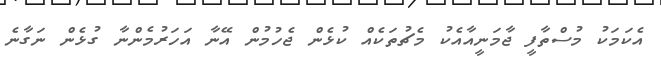
އެކަމަކު މުސްތާފީ ޖާމަނީއާއެކު މެޗުތަކެއް ކުޅެން ޖެހުމުން އޭނާ އަހަރުމެންނާ ގުޅެން ނަގާނެ